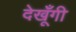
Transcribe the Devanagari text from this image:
देखूँगी